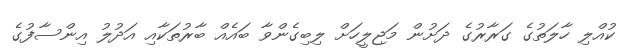
ކުއްލި ހާލަތުގެ ގަރާރުގެ ދަށުން މަޖިލީހަށް ލިބިގެންވާ ބައެއް ބާރުތަކާއި އަދުލު އިންސާފުގެ